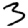
Digit: 3